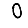
Digit: 0